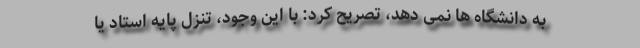
به دانشگاه ها نمی دهد، تصریح کرد: با این وجود، تنزل پایه استاد یا